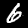
Label: 6